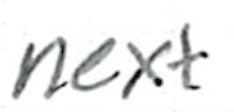
Text: next
Cross-out: clean
Writing tool: ballpoint